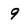
Character: 9